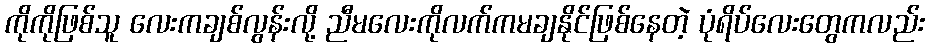
ကိုကိုဖြစ်သူ လေးကချစ်လွန်းလို့ ညီမလေးကိုလက်ကမချနိုင်ဖြစ်နေတဲ့ ပုံရိပ်လေးတွေကလည်း